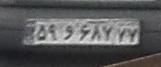
۵۹و۶۸۷۷۷